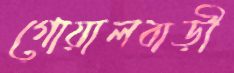
গোয়ালবাড়ী